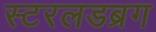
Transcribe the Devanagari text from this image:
स्टरलडब्रग